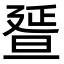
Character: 𣇇